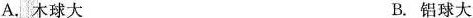
A. 木球大 B. 铝球大